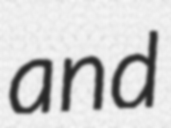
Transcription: and